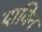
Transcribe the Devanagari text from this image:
याविन